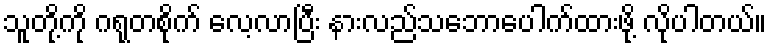
သူတို့ကို ဂရုတစိုက် လေ့လာပြီး နားလည်သဘောပေါက်ထားဖို့ လိုပါတယ်။